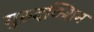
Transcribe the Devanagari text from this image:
गुरुदक्शिन